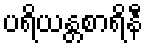
ပရိယန္တစာရိနီ